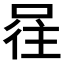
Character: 𭈕